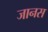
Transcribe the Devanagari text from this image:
जानस